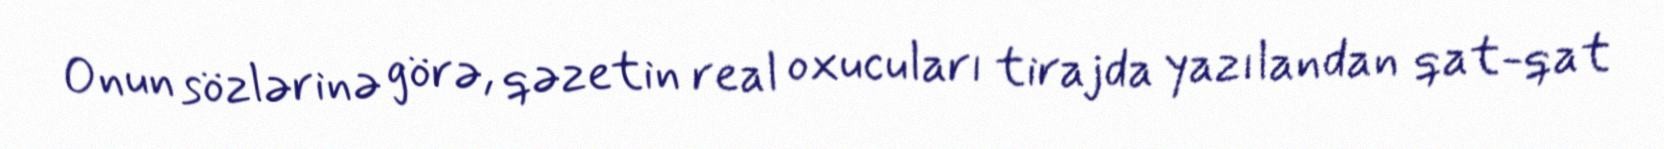
Onun sözlərinə görə, qəzetin real oxucuları tirajda yazılandan qat-qat